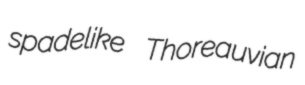
spadelike Thoreauvian